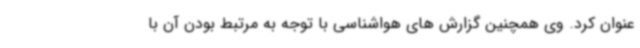
عنوان کرد. وی همچنین گزارش های هواشناسی با توجه به مرتبط بودن آن با